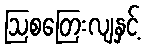
ဩစတြေးလျနှင့်